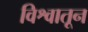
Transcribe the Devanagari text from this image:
विश्वातून